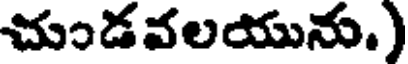
చుండవలయును.)